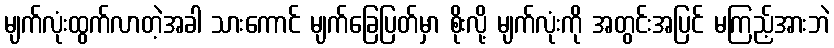
မျက်လုံးထွက်လာတဲ့အခါ သားကောင် မျက်ခြေပြတ်မှာ စိုးလို့ မျက်လုံးကို အတွင်းအပြင် မကြည့်အားဘဲ